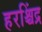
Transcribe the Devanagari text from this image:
हरश्चिंद्र